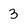
Character: 3